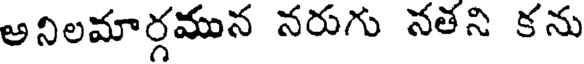
అనిలమార్గమున నరుగు నతని కను